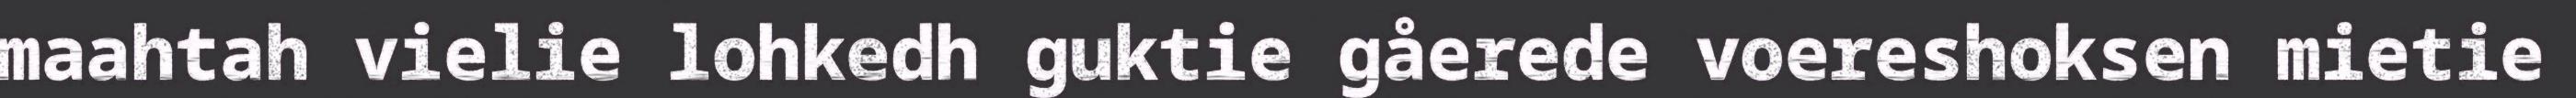
maahtah vielie lohkedh guktie gåerede voereshoksen mietie